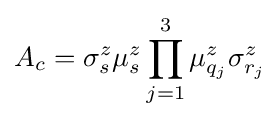
A_{c}=\sigma _{s}^{z}\mu _{s}^{z}\prod _{j=1}^{3}\mu _{q_{j}}^{z}\sigma _{r_{j}}^{z}